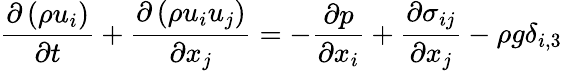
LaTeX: \frac{\partial\left(\rho u_{i}\right)}{\partial t}+\frac{\partial\left(\rho u_{i}u_{j}\right)}{\partial x_{j}}=-\frac{\partial p}{\partial x_{i}}+\frac{\partial\sigma_{ij}}{\partial x_{j}}-\rho g\delta_{i,3}